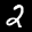
Label: 2